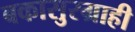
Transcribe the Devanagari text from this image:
बकासुरग्राही